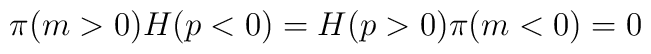
\pi(m>0)H(p<0) = H(p>0)\pi(m<0) = 0